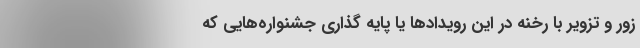
زور و تزوير با رخنه در اين رويدادها يا پايه گذاري جشنواره‌هايي كه